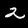
Label: 2